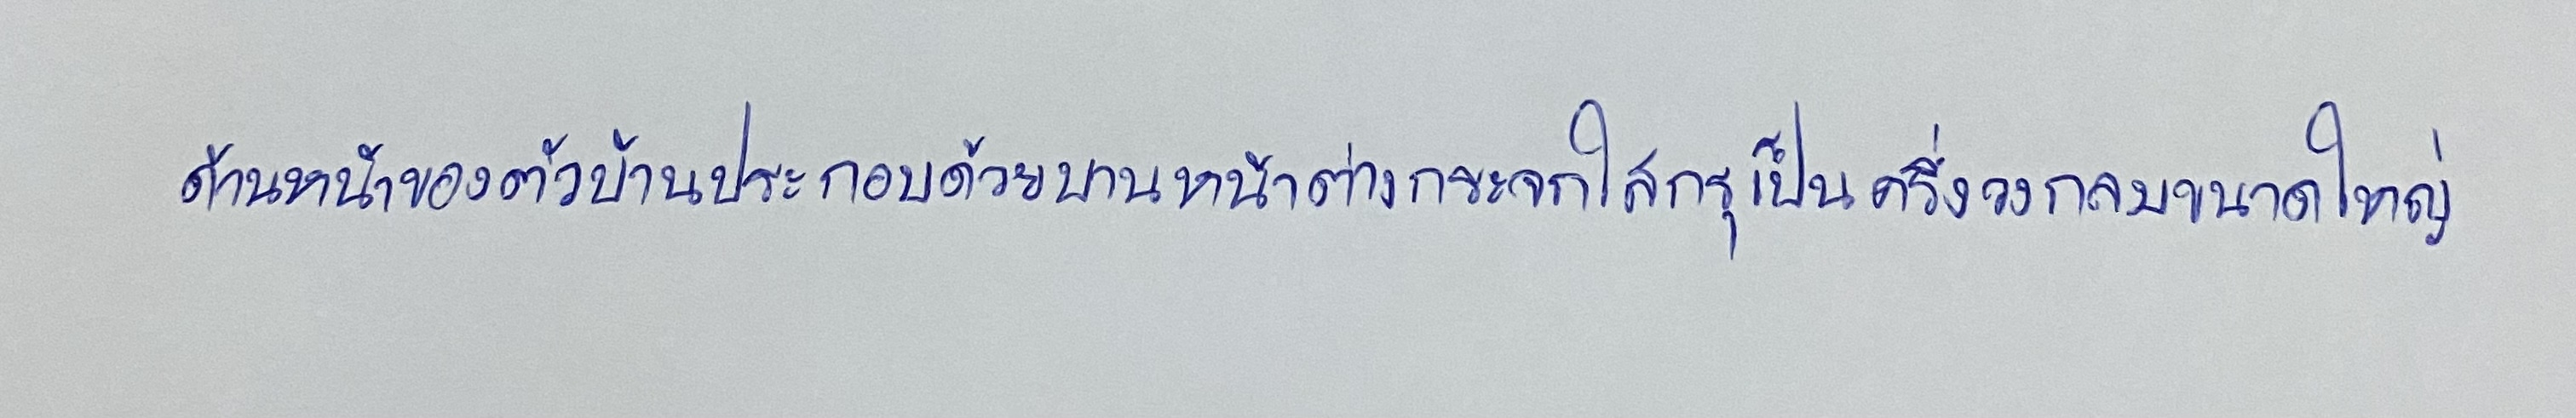
ด้านหน้าของตัวบ้านประกอบด้วยบานหน้าต่างกระจกใสกรุเป็นครึ่งวงกลมขนาดใหญ่